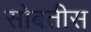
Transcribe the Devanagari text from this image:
सोबतीस